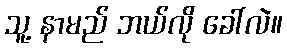
သူ့ နာမည် ဘယ်လို ခေါ်လဲ။